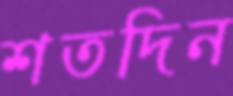
শতদিন